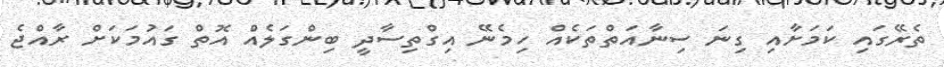
ތެރޭގައި ކަމަށާއި ގިނަ ސިނާއަތްތަކެއް ހިމެނޭ އިގްތިސާދީ ބިންގަލެއް އޮތް ގައުމަކަށް ރާއްޖެ